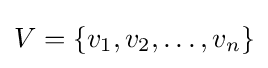
V=\{v_{1},v_{2},\ldots ,v_{n}\}